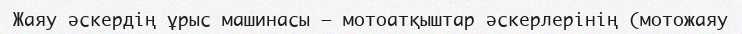
Жаяу әскердің ұрыс машинасы — мотоатқыштар әскерлерінің (мотожаяу